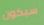
سيكون